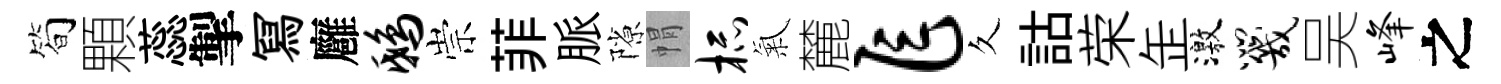
简顆蕊掣冩廱鸱崇菲脈隙㡌杯氣麓乍久詁荣𦈢激咒吴峰之